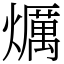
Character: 爄